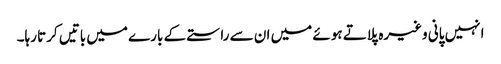
انہیں پانی وغیرہ پلاتے ہوئے میں ان سے راستے کے بارے میں باتیں کرتا رہا۔